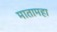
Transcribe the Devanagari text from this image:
मातामहा